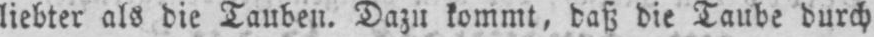
liebter als die Tauben. Dazu kommt, daß die Taube durch